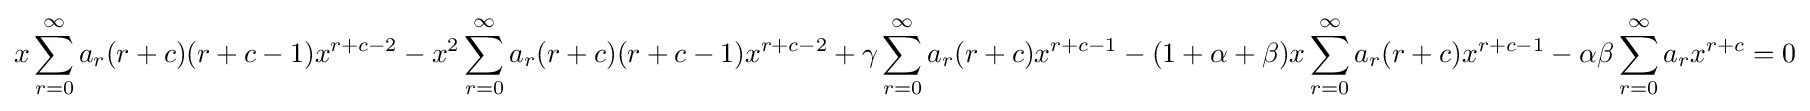
x\sum _{r=0}^{\infty }a_{r}(r+c)(r+c-1)x^{r+c-2}-x^{2}\sum _{r=0}^{\infty }a_{r}(r+c)(r+c-1)x^{r+c-2}+\gamma \sum _{r=0}^{\infty }a_{r}(r+c)x^{r+c-1}-(1+\alpha +\beta )x\sum _{r=0}^{\infty }a_{r}(r+c)x^{r+c-1}-\alpha \beta \sum _{r=0}^{\infty }a_{r}x^{r+c}=0